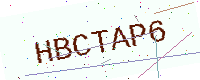
Text: HBCTAP6